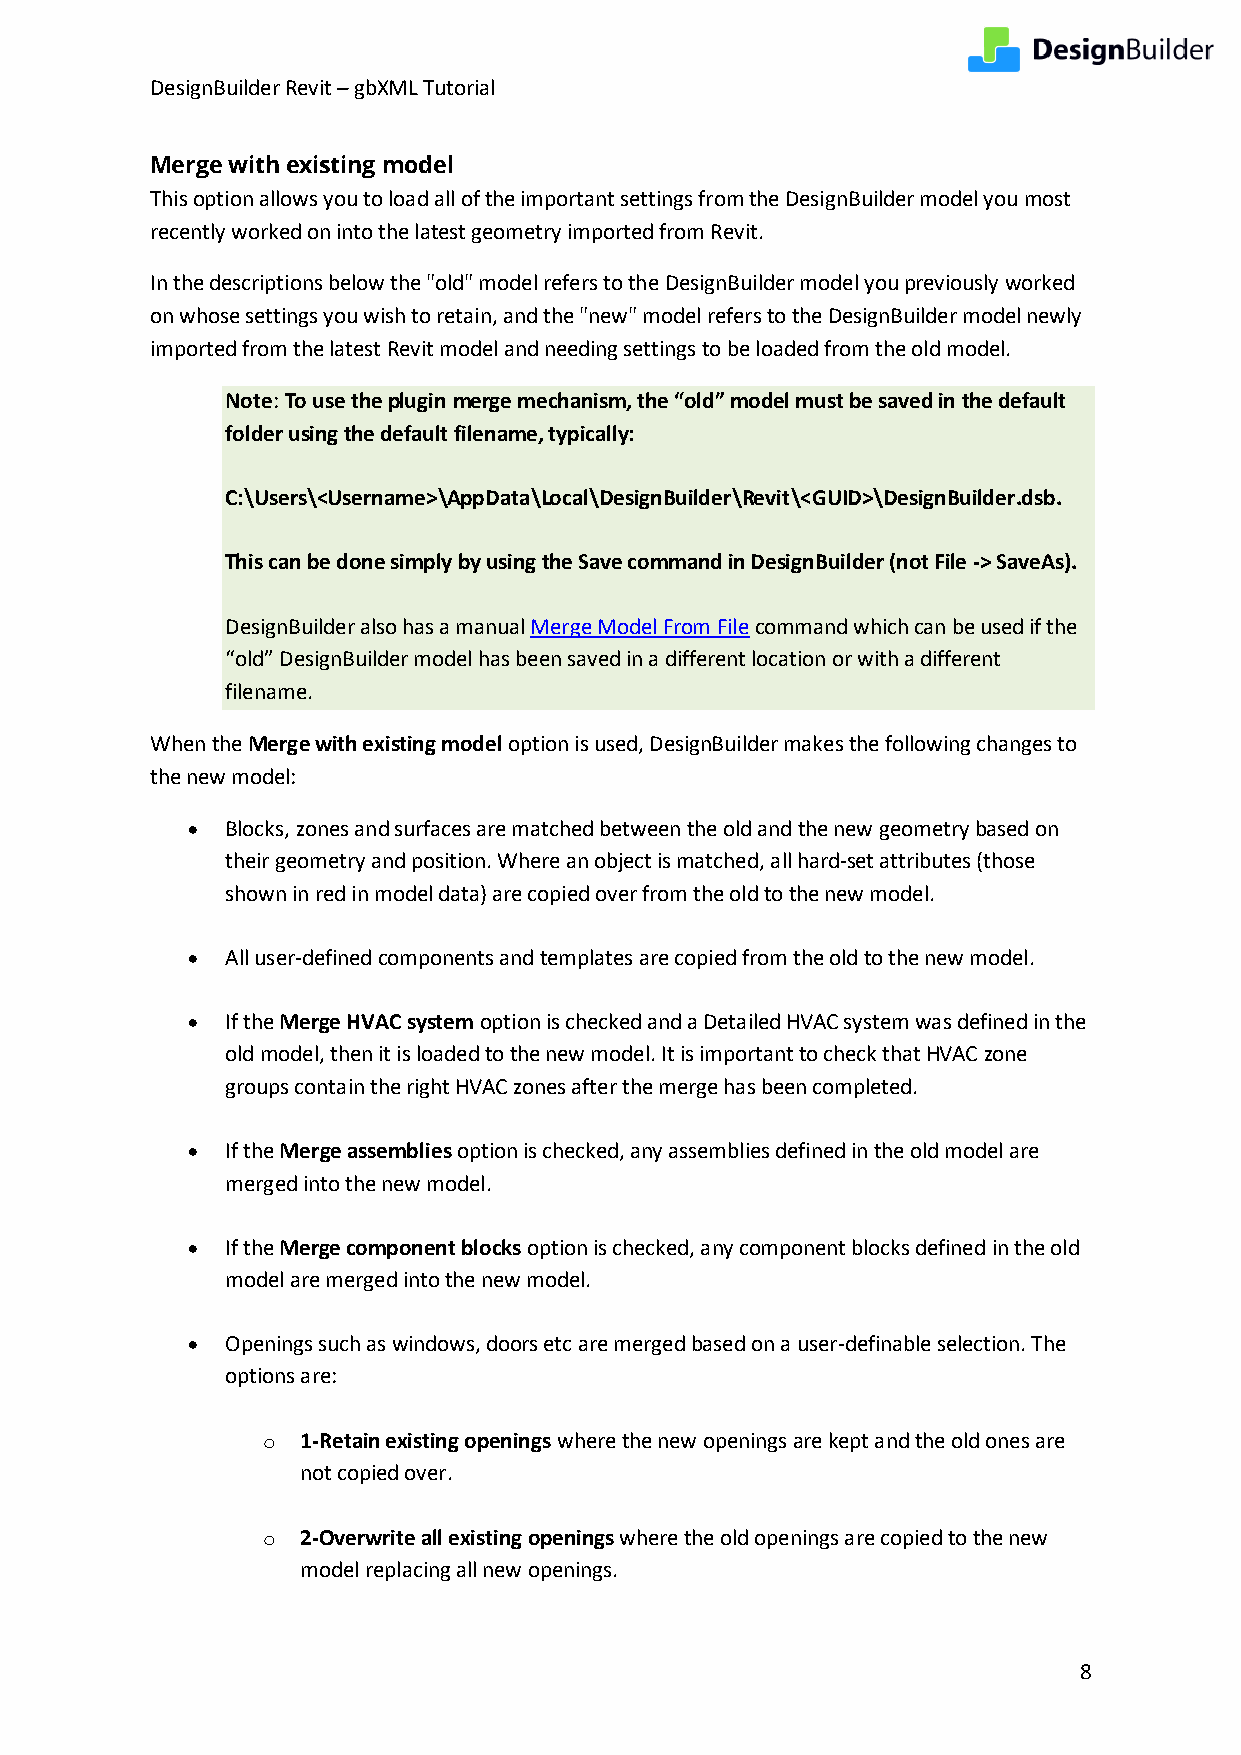
DesignBuilder Revit – gbXML Tutorial
 Merge with existing model
 This option allows you to load all of the important settings from the DesignBuilder model you most
 recently worked on into the latest geometry imported from Revit.
 In the descriptions below the "old" model refers to the DesignBuilder model you previously worked
 on whose settings you wish to retain, and the "new" model refers to the DesignBuilder model newly
 imported from the latest Revit model and needing settings to be loaded from the old model.
 Note: To use the plugin merge mechanism, the “old” model must be saved in the default
 folder using the default filename, typically:
 C:\Users\<Username>\AppData\Local\DesignBuilder\Revit\<GUID>\DesignBuilder.dsb.
 This can be done simply by using the Save command in DesignBuilder (not File -> SaveAs).
 DesignBuilder also has a manual Merge Model From File command which can be used if the
 “old” DesignBuilder model has been saved in a different location or with a different
 filename.
 When the Merge with existing model option is used, DesignBuilder makes the following changes to
 the new model:
 •  Blocks, zones and surfaces are matched between the old and the new geometry based on
 their geometry and position. Where an object is matched, all hard-set attributes (those
 shown in red in model data) are copied over from the old to the new model.
 •  All user-defined components and templates are copied from the old to the new model.
 •  If the Merge HVAC system option is checked and a Detailed HVAC system was defined in the
 old model, then it is loaded to the new model. It is important to check that HVAC zone
 groups contain the right HVAC zones after the merge has been completed.
 •  If the Merge assemblies option is checked, any assemblies defined in the old model are
 merged into the new model.
 •  If the Merge component blocks option is checked, any component blocks defined in the old
 model are merged into the new model.
 •  Openings such as windows, doors etc are merged based on a user-definable selection. The
 options are:
 o  1-Retain existing openings where the new openings are kept and the old ones are
 not copied over.
 o  2-Overwrite all existing openings where the old openings are copied to the new
 model replacing all new openings.
 8